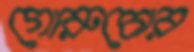
গোরুচোর